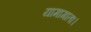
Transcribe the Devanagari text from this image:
यामागाता।